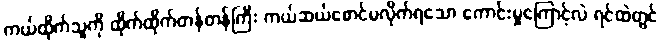
ကယ်ထိုက်သူကို ထိုက်ထိုက်တန်တန်ကြီး ကယ်ဆယ်စောင်မလိုက်ရသော ကောင်းမှုကြောင့်လဲ ရင်ထဲတွင်